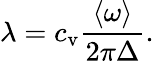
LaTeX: \lambda=c_{\mathrm{v}}\frac{\langle\omega\rangle}{2\pi\Delta}.